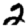
Digit: 2